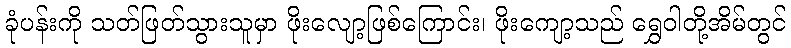
ခုံပန်းကို သတ်ဖြတ်သွားသူမှာ ဖိုးလျော့ဖြစ်ကြောင်း၊ ဖိုးကျော့သည် ရွှေဝါတို့အိမ်တွင်